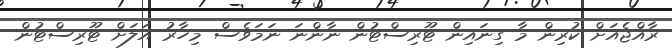
ރާއްޖެއަށް ކުރިން މާ ގިނައިން ޓޫރިސްޓުން ނާންނަ ނަމަވެސް މިހާރު އަލަށް ޓޫރިސްޓުން